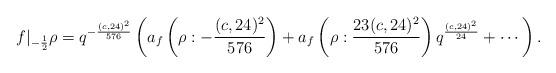
LaTeX: \begin{align*} f|_{-\frac{1}{2}} \rho=q^{-\frac{(c,24)^2}{576}}\left(a_{f}\left(\rho : -\frac{(c,24)^2}{576} \right)+a_{f}\left(\rho : \frac{23(c,24)^2}{576}\right)q^{\frac{(c,24)^2}{24}}+\cdots\right).\end{align*}